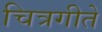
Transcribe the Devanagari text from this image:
चित्रगीते